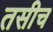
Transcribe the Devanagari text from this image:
तसीच